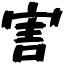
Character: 害